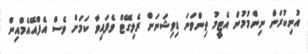
އުނިކުރަން ނިންމުމުން އެޓީމު ތިންވަނަ ޑިވިޝަނަށް ރެލިގޭޓް ވެފައިވާ ކަމަށް ވެސް އެފްއޭއެމްއިން